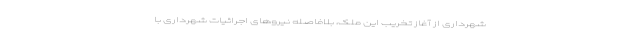
شهرداری از آغاز تخریب این ملک، بلافاصله نیروهای اجرائیات شهرداری با